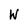
Character: W